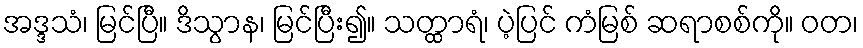
အဒ္ဒသံ၊ မြင်ပြီ။ ဒိသွာန၊ မြင်ပြီး၍။ သတ္ထာရံ၊ ပဲ့ပြင် ကံမြစ် ဆရာစစ်ကို။ ဝတ၊